Indian Medical Review
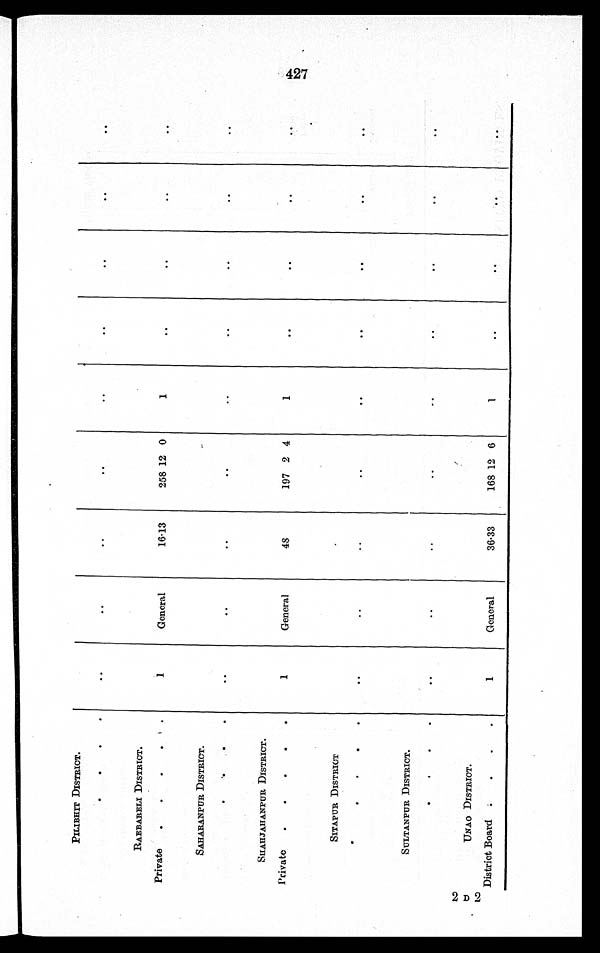
PILIBHIT DISTRICT.
. . . .
. .
..
. .
. .
. .
. .
. .
. .
. .
RAEBARELI DISTRICT.
Private
. . . . .
1
General
16.13
258 12 0
1
. .
. .
. .
. .
SAHARANPUR DISTRICT.
. . . .
. .
..
. .
. .
. .
. .
. .
. .
. .
SHAHJAHANPUR DISTRICT.
Private
. . . . .
1
General
48
197 2 4
1
. .
..
. .
. .
SITAPUR DISTRICT
. . . .
. .
..
. .
. .
. .
. .
. .
. .
. .
SULTANPUR DISTRICT.
. . . .
. .
..
. .
. .
. .
. .
. .
. .
. .
2
D 2 UNAO DISTRICT.
District Board . . . .
1
General
36.33
168 12 6
1
..
. .
. .
..
427